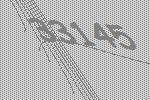
33145